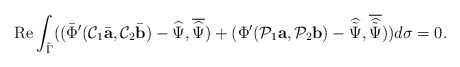
\begin{align*}\mbox{Re} \int_{\tilde \Gamma}((\bar\Phi'(\mathcal C_1\bar{\mbox{\bf a}},\mathcal C_2\bar{\mbox{\bf b}})-\widehat { \Psi},\overline{\widehat { \Psi}})+(\Phi'(\mathcal P_1 {\mbox{\bf a}},\mathcal P_2 {\mbox{\bf b}})-\widehat{ \tilde\Psi},\overline{\widehat {\tilde\Psi}}))d\sigma=0.\end{align*}